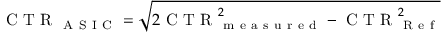
\mathrm { ~ C ~ T ~ R ~ } _ { \mathrm { ~ A ~ S ~ I ~ C ~ } } = \sqrt { 2 \mathrm { ~ C ~ T ~ R ~ } _ { \mathrm { ~ m ~ e ~ a ~ s ~ u ~ r ~ e ~ d ~ } } ^ { 2 } - \mathrm { ~ C ~ T ~ R ~ } _ { \mathrm { ~ R ~ e ~ f ~ } } ^ { 2 } }